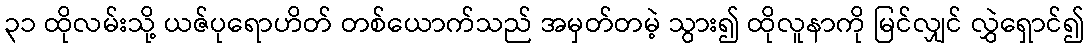
၃၁ ထိုလမ်းသို့ ယဇ်ပုရောဟိတ် တစ်ယောက်သည် အမှတ်တမဲ့ သွား၍ ထိုလူနာကို မြင်လျှင် လွှဲရှောင်၍